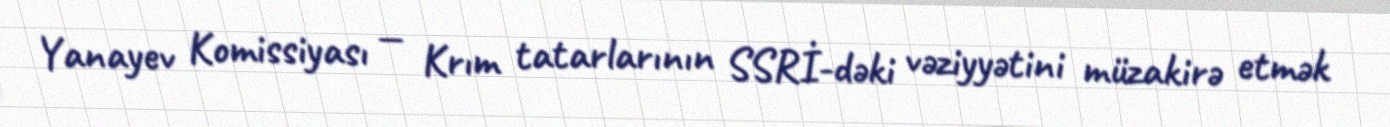
Yanayev Komissiyası — Krım tatarlarının SSRİ-dəki vəziyyətini müzakirə etmək